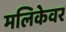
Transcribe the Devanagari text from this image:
मलिकेवर